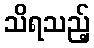
သိရသည့်